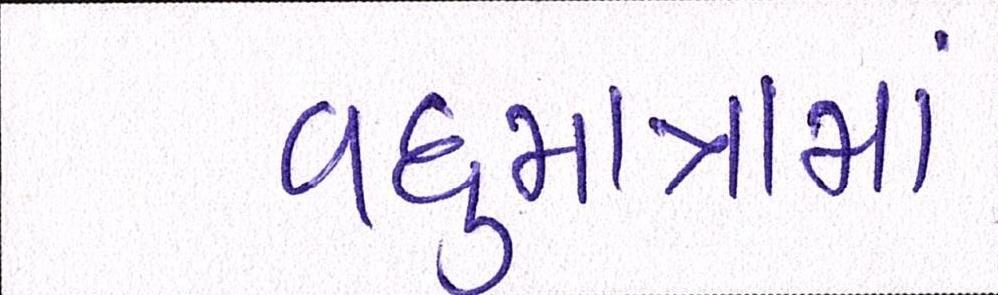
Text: વધુમાત્રામાં